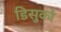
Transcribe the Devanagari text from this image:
डिसुको